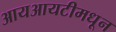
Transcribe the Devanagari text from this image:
आयआयटीमधून